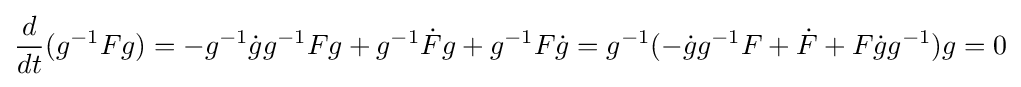
{d \over dt}(g^{-1}Fg)=-g^{-1}{\dot {g}}g^{-1}Fg+g^{-1}{\dot {F}}g+g^{-1}F{\dot {g}}=g^{-1}(-{\dot {g}}g^{-1}F+{\dot {F}}+F{\dot {g}}g^{-1})g=0